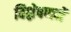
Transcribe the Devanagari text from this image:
विश्लेषणमें